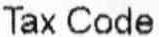
TAX CODE